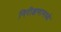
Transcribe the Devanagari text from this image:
निरीक्षणामध्ये